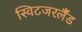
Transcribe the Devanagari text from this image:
स्विटजरर्लैंड